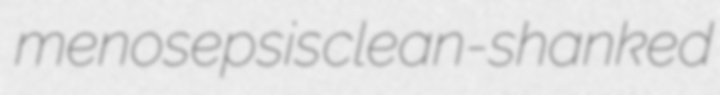
menosepsis clean-shanked